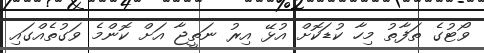
ވޯޓުގެ ތަފާތު މިހާ ކުޑަކޮށް އުޅޭ އިރު ނަތީޖާ އަށް ކޮންމެ ވަގުތެއްގައި